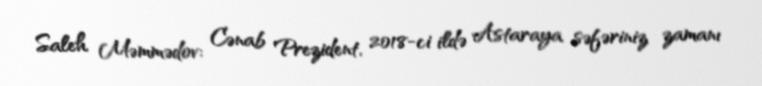
Saleh Məmmədov: Cənab Prezident, 2018-ci ildə Astaraya səfəriniz zamanı